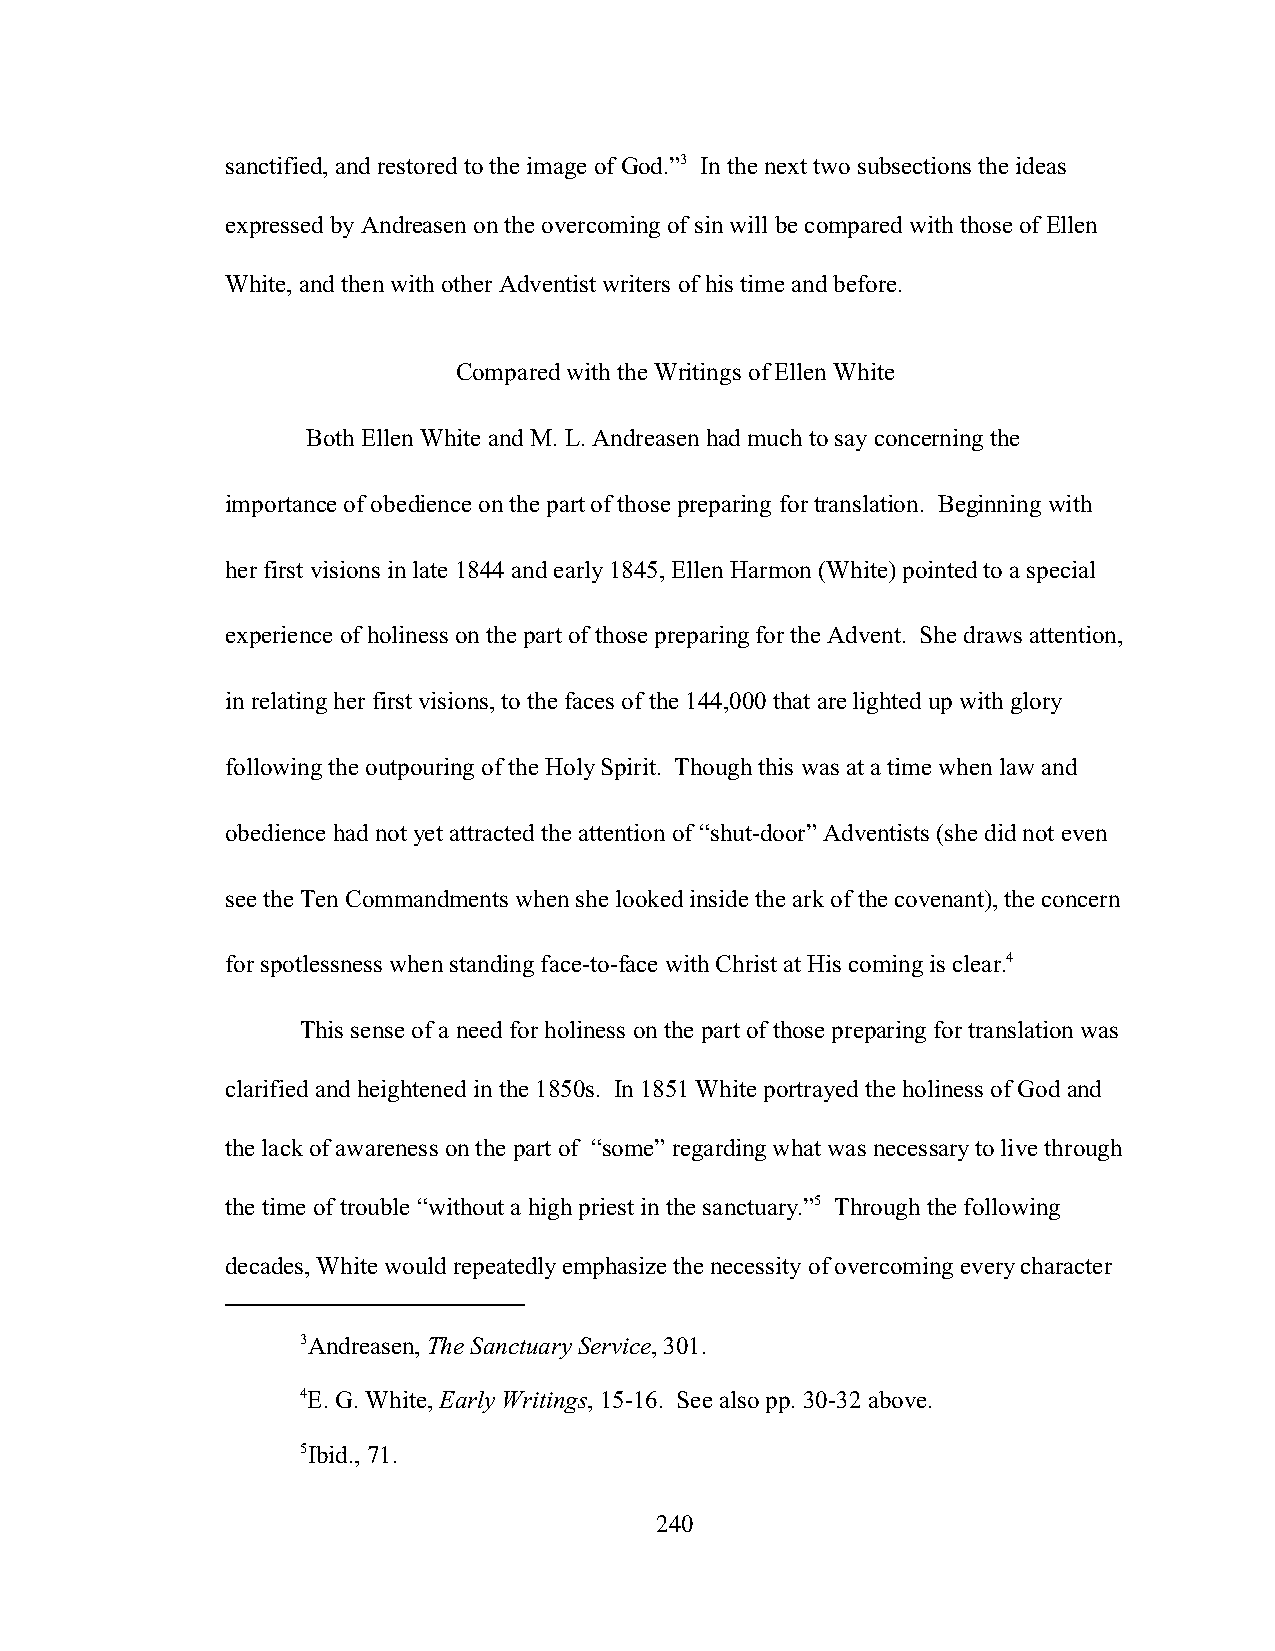
sanctified, and restored to the image of God.”3 In the next two subsections the ideas
 expressed by Andreasen on the overcoming of sin will be compared with those of Ellen
 White, and then with other Adventist writers of his time and before.
 Compared with the Writings of Ellen White
 Both Ellen White and M. L. Andreasen had much to say concerning the
 importance of obedience on the part of those preparing for translation. Beginning with
 her first visions in late 1844 and early 1845, Ellen Harmon (White) pointed to a special
 experience of holiness on the part of those preparing for the Advent. She draws attention,
 in relating her first visions, to the faces of the 144,000 that are lighted up with glory
 following the outpouring of the Holy Spirit. Though this was at a time when law and
 obedience had not yet attracted the attention of “shut-door” Adventists (she did not even
 see the Ten Commandments when she looked inside the ark of the covenant), the concern
 for spotlessness when standing face-to-face with Christ at His coming is clear.4
 This sense of a need for holiness on the part of those preparing for translation was
 clarified and heightened in the 1850s. In 1851 White portrayed the holiness of God and
 the lack of awareness on the part of “some” regarding what was necessary to live through
 the time of trouble “without a high priest in the sanctuary.”5 Through the following
 decades, White would repeatedly emphasize the necessity of overcoming every character
 3Andreasen, The Sanctuary Service, 301.
 4E. G. White, Early Writings, 15-16. See also pp. 30-32 above.
 5Ibid., 71.
 240